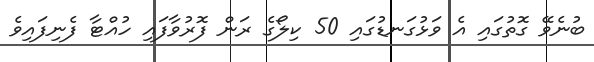
ބުނެވޭ ގޮތުގައި އެ ވަޅުގަނޑުގައި 50 ކިލޯގެ ރަން ފޮރުވާފައި ހުއްޓާ ފެނިފައިވެ